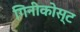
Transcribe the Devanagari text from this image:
गिनीकोस्ट